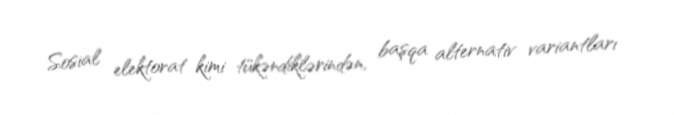
Sosial elektorat kimi tükəndiklərindən, başqa alternativ variantları